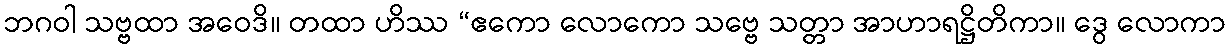
ဘဂဝါ သဗ္ဗထာ အဝေဒိ။ တထာ ဟိဿ “ဧကော လောကော သဗ္ဗေ သတ္တာ အာဟာရဋ္ဌိတိကာ။ ဒွေ လောကာ